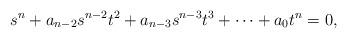
LaTeX: \begin{align*} s^{n} + a_{n-2}s^{n-2}t^{2} + a_{n-3}s^{n-3}t^{3} + \dots + a_{0}t^{n} = 0, \end{align*}